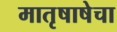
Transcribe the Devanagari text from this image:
मातृषाषेचा